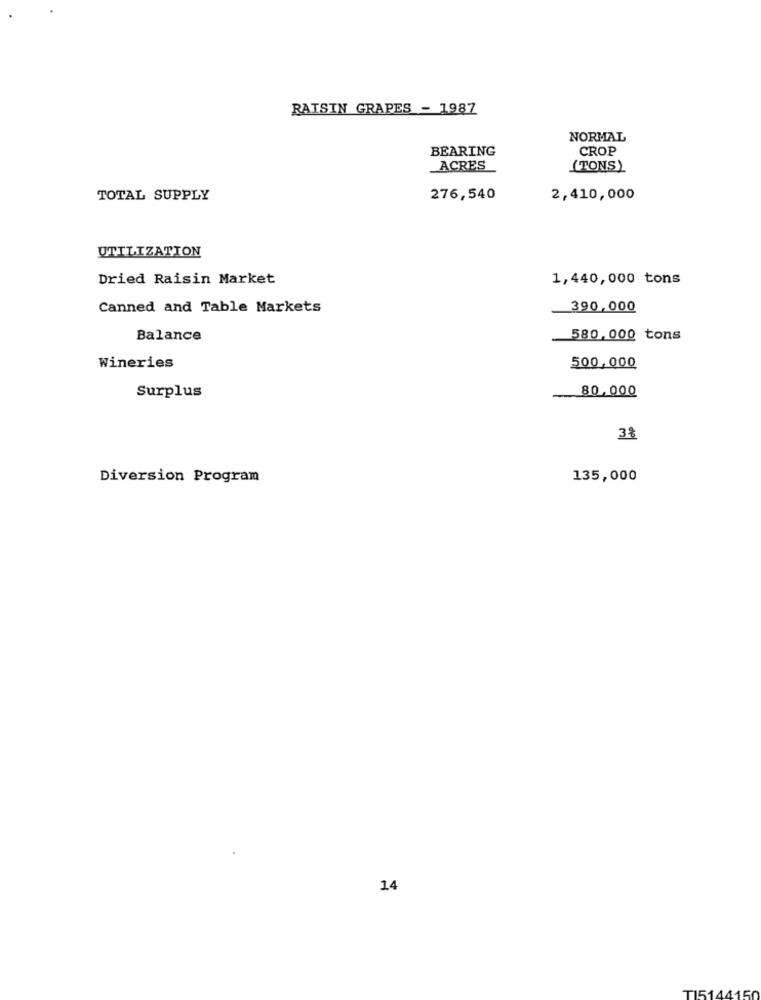
RAISIN GRAPES - 1987
NORMAL
BEARING
CROP
ACRES
(TONS)
TOTAL SUPPLY
276,540
2,410,000
UTILIZATION
Dried Raisin Market
1,440,000 tons
Canned and Table Markets
390,000
Balance
580.000 tons
Wineries
500,000
Surplus
80,000
38
Diversion Program
135,000
14
T15144150